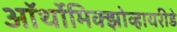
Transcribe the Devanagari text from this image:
ऑर्थोमिक्झोव्हायरीडे